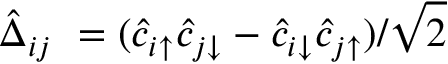
\hat { \Delta } _ { i j } \ = ( \hat { c } _ { i \uparrow } \hat { c } _ { j \downarrow } - \hat { c } _ { i \downarrow } \hat { c } _ { j \uparrow } ) / \sqrt { 2 }